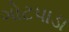
ગોટપાડા